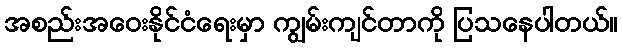
အစည်းအဝေးနိုင်ငံရေးမှာ ကျွမ်းကျင်တာကို ပြသနေပါတယ်။